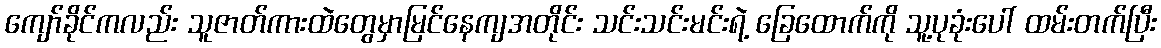
ကျော်ခိုင်ကလည်း သူဇာတ်ကားထဲတွေမှာမြင်နေကျအတိုင်း သင်းသင်းမင်းရဲ့ ခြေထောက်ကို သူ့ပုခုံးပေါ် ထမ်းတက်ပြီး